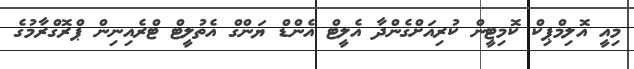
މިއީ އޮލިމްޕިކް ކޮމިޓީން ކުރިއަށްގެންދާ އެލީޓް އެންޑް ޔަންގް އެތުލީޓް ޓްރެއިނިން ޕްރޮގްރާމުގެ